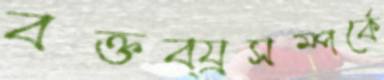
বক্তব্য্রসম্পর্কে